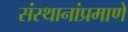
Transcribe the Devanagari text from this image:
संस्थानांप्रमाणे